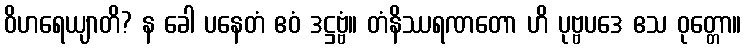
ဝိဟရေယျာတိ? န ခေါ ပနေတံ ဧဝံ ဒဋ္ဌဗ္ဗံ။ တံနိဿရဏတော ဟိ ပုဗ္ဗပဒေ ဧသ ဝုတ္တော။